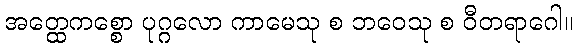
အတ္ထေကစ္စော ပုဂ္ဂလော ကာမေသု စ ဘဝေသု စ ဝီတရာဂေါ။